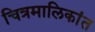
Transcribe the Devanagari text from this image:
चित्रमालिकांत